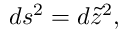
d s ^ { 2 } = d \tilde { z } ^ { 2 } ,